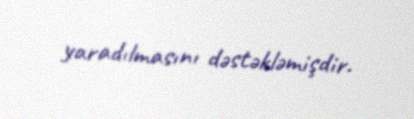
yaradılmasını dəstəkləmişdir.